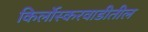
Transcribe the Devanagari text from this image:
किर्लोस्करवाडीतील